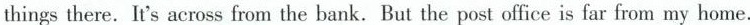
things there. It's across from the bank. But the post office is far from my home.